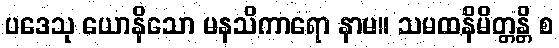
ပဒေသု ယောနိသော မနသိကာရော နာမ။ သမထနိမိတ္တန္တိ စ